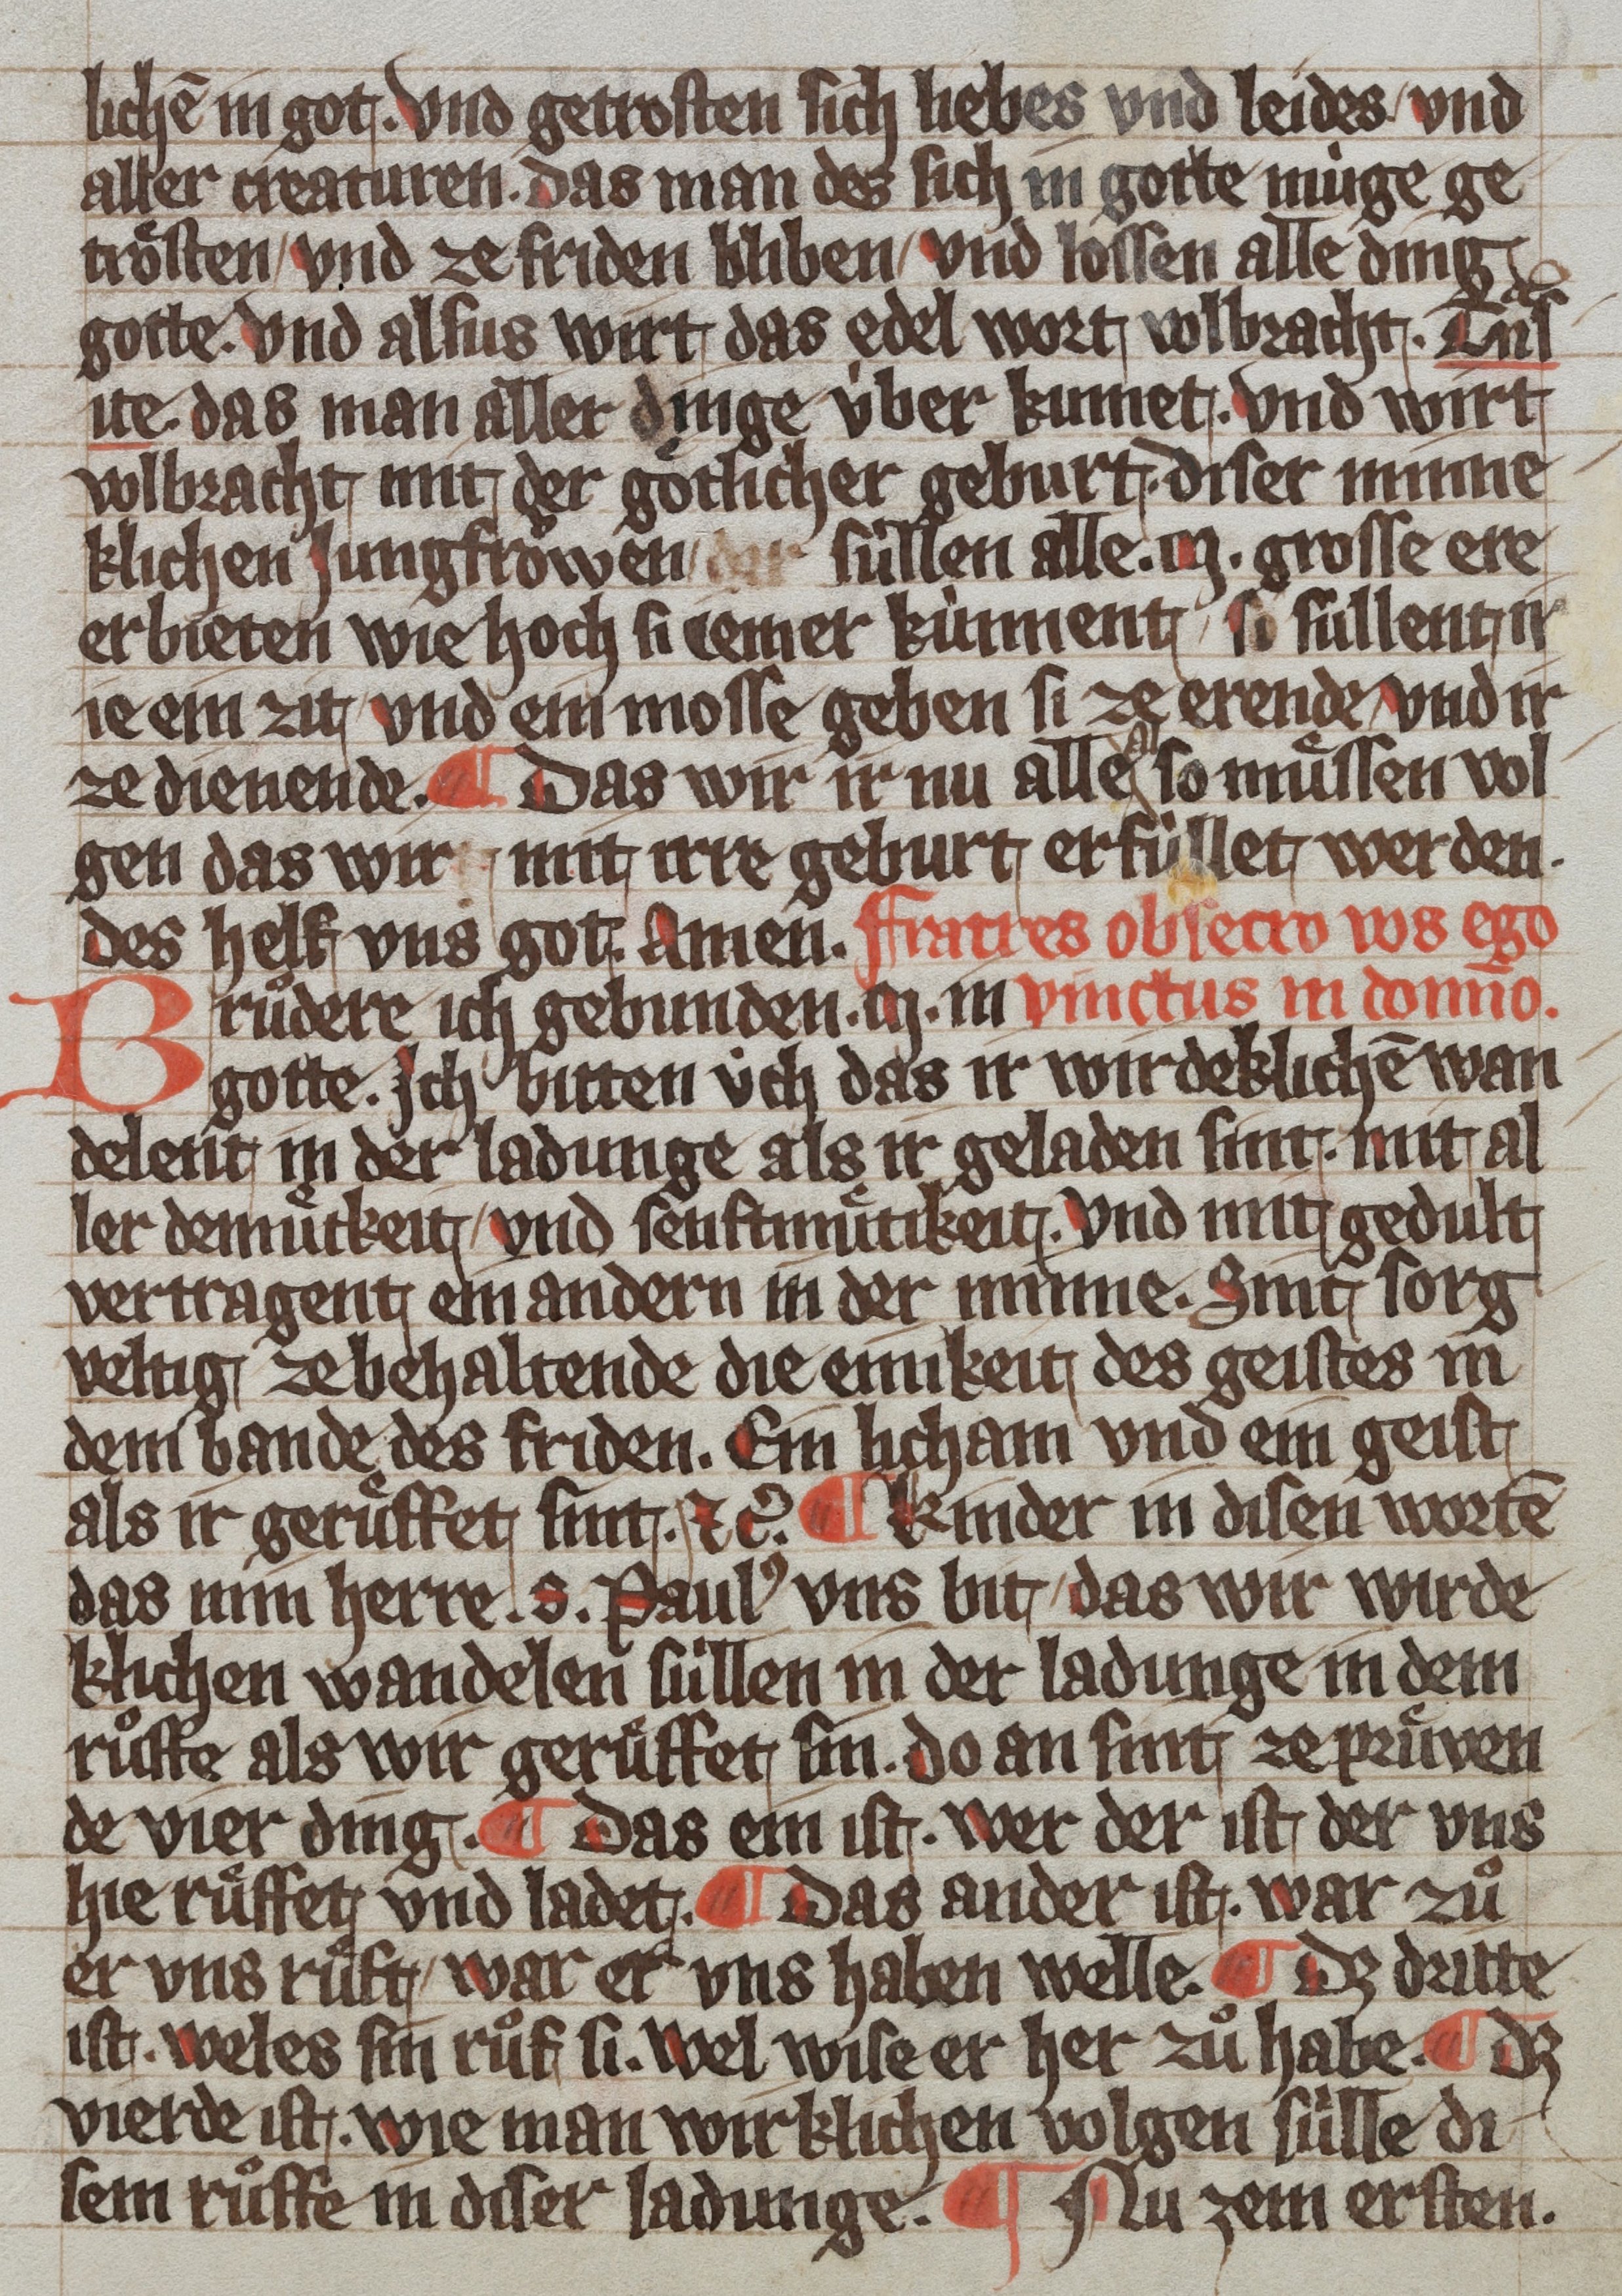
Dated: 1359–1359